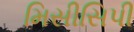
મિસીસિપી